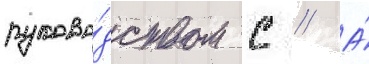
руково́дством с // А́